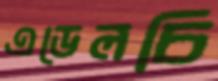
এডেলচি